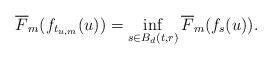
LaTeX: \begin{align*}\overline{F}_m(f_{t_{u,m}}( u))=\inf_{s\in B_{d}(t,r)} \overline{F}_m(f_{s}(u)).\end{align*}